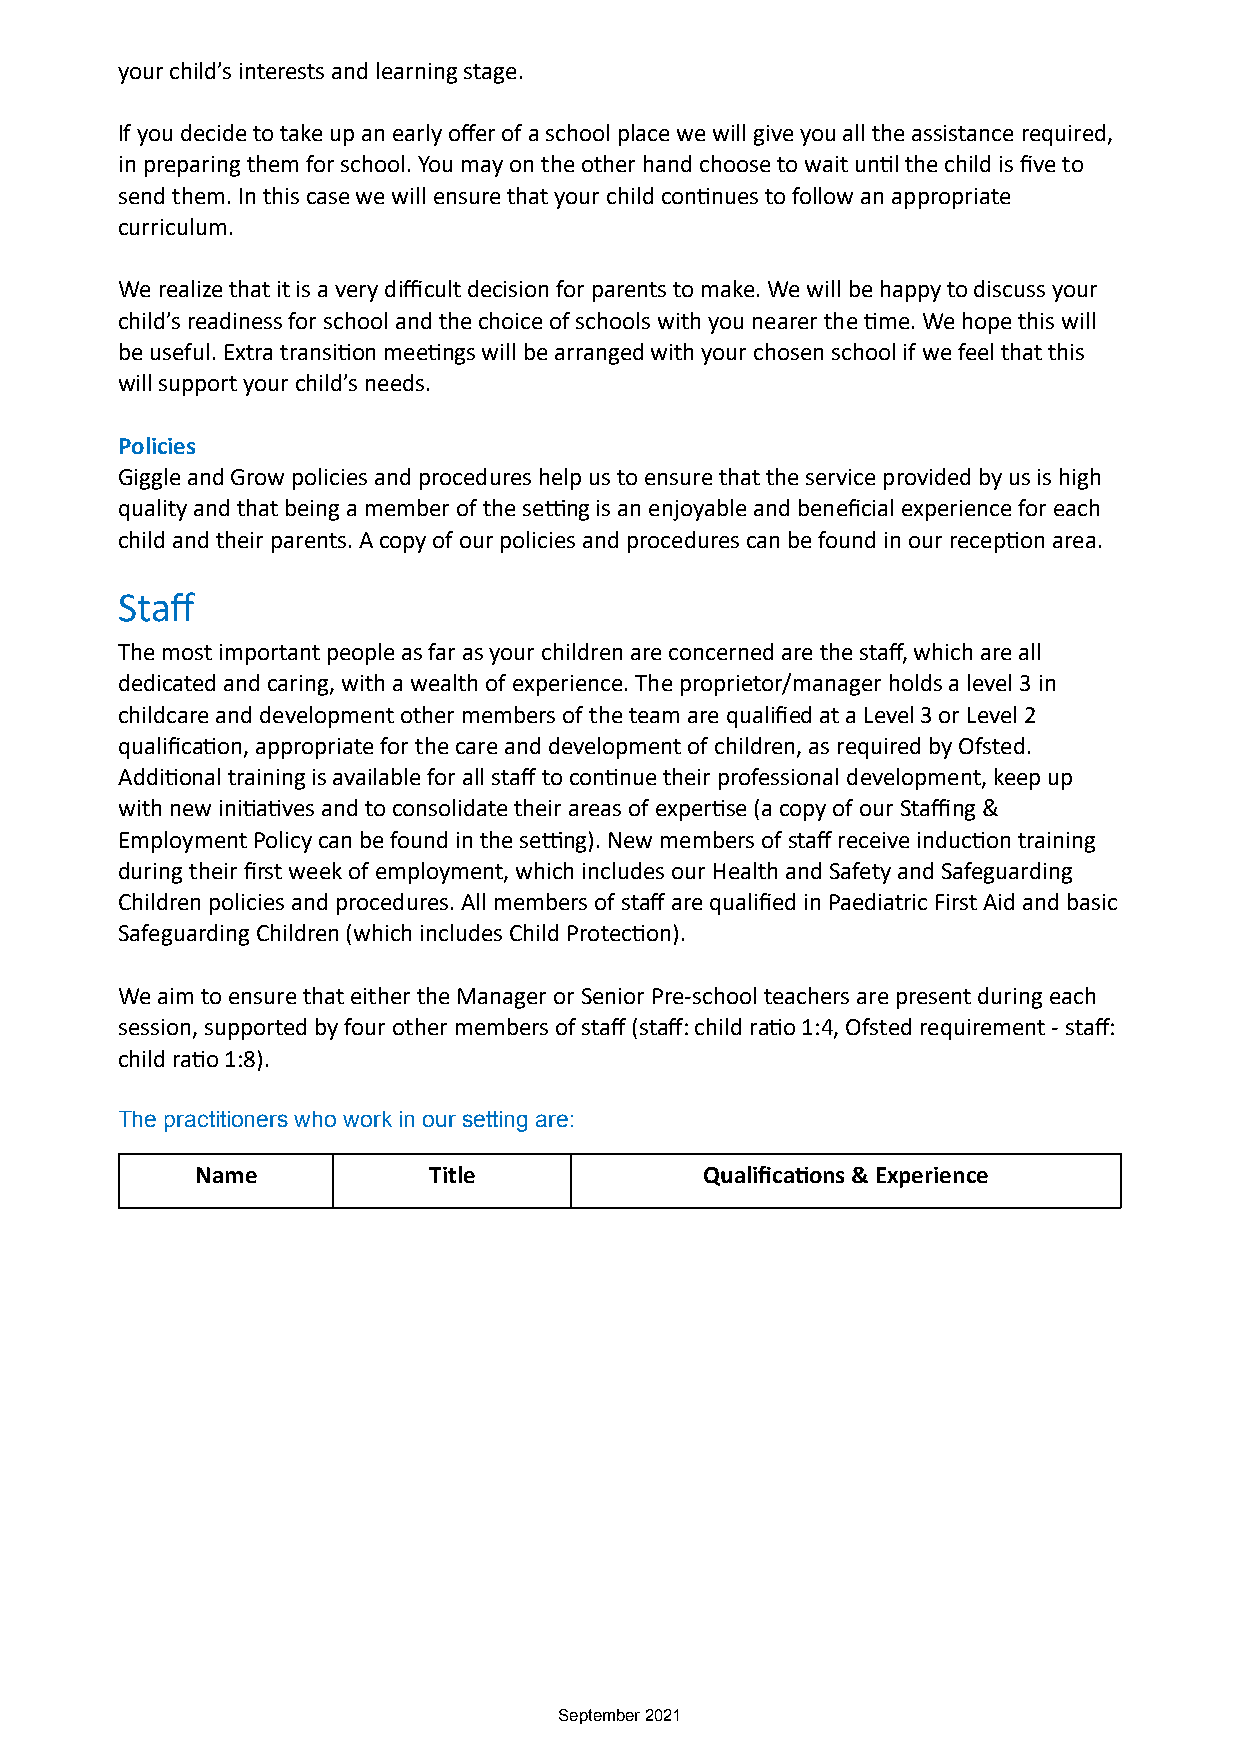
your child’s interests and learning stage.
 If you decide to take up an early offer of a school place we will give you all the assistance required,
 in preparing them for school. You may on the other hand choose to wait unDl the child is five to
 send them. In this case we will ensure that your child conDnues to follow an appropriate
 curriculum.
 We realize that it is a very difficult decision for parents to make. We will be happy to discuss your
 child’s readiness for school and the choice of schools with you nearer the Dme. We hope this will
 be useful. Extra transiDon meeDngs will be arranged with your chosen school if we feel that this
 will support your child’s needs.
 Policies
 Giggle and Grow policies and procedures help us to ensure that the service provided by us is high
 quality and that being a member of the selng is an enjoyable and beneficial experience for each
 child and their parents. A copy of our policies and procedures can be found in our recepDon area.
 Staff
 The most important people as far as your children are concerned are the staff, which are all
 dedicated and caring, with a wealth of experience. The proprietor/manager holds a level 3 in
 childcare and development other members of the team are qualified at a Level 3 or Level 2
 qualificaDon, appropriate for the care and development of children, as required by Ofsted.
 AddiDonal training is available for all staff to conDnue their professional development, keep up
 with new iniDaDves and to consolidate their areas of experDse (a copy of our Staffing &
 Employment Policy can be found in the selng). New members of staff receive inducDon training
 during their first week of employment, which includes our Health and Safety and Safeguarding
 Children policies and procedures. All members of staff are qualified in Paediatric First Aid and basic
 Safeguarding Children (which includes Child ProtecDon).
 We aim to ensure that either the Manager or Senior Pre-school teachers are present during each
 session, supported by four other members of staff (staff: child raDo 1:4, Ofsted requirement - staff:
 child raDo 1:8).
 The practitioners who work in our setting are:
 Name           Title              Qualifica>ons & Experience
 September 2021